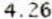
4.26